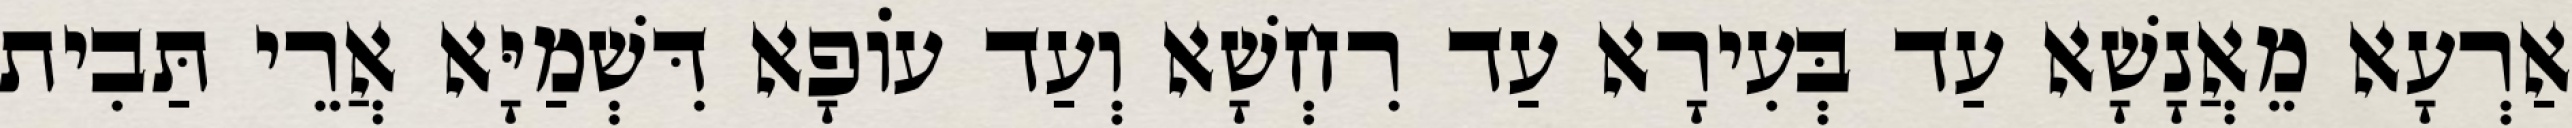
אַרְעָא מֵאֲנָשָׁא עַד בְּעִירָא עַד רִחְשָׁא וְעַד עוֹפָא דִּשְׁמַיָּא אֲרֵי תַּבִית